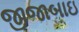
જીજાબાઇ